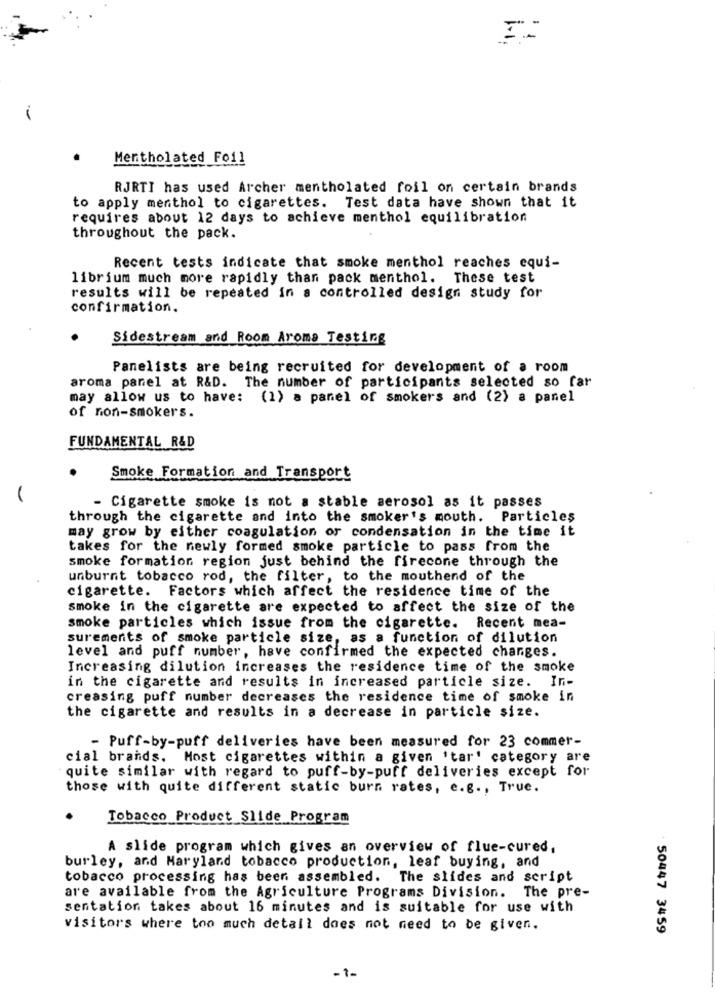
1-1
Mentholated Foil
RJRTI has used Archer mentholated foil on certain brands
to apply menthol to cigarettes. Test data have shown that it
requires about 12 days to achieve menthol equilibration
throughout the pack.
Recent tests indicate that smoke menthol reaches equi-
librium much more rapidly than pack menthol. These test
results will be repeated in a controlled design study for
confirmation.
Sidestream and Room Aroma Testing
Panelists are being recruited for development of a room
aroma panel at R&D. The number of participants selected so far
may allow us to have: (1) a panel of smokers and (2) a panel
of non-smokers.
FUNDAMENTAL R&D
Smoke Formation and Transport
- Cigarette smoke is not a stable aerosol as it passes
through the cigarette and into the smoker's mouth. Particles
may grow by either coagulation or condensation in the time it
takes for the newly formed smoke particle to pass from the
smoke formation region just behind the firecone through the
unburnt tobacco rod, the filter, to the mouthend of the
cigarette. Factors which affect the residence time of the
smoke in the cigarette are expected to affect the size of the
smoke particles which issue from the cigarette. Recent mea-
surements of smoke particle size, as a function of dilution
level and puff number, have confirmed the expected changes.
Increasing dilution increases the residence time of the smoke
in the cigarette and results in increased particle size. I
creasing puff number decreases the residence time of smoke in
the cigarette and results in a decrease in particle size.
- Puff-by-puff deliveries have been measured for 23 commer-
cial brands. Most cigarettes within a given 'tar' category are
quite similar with regard to puff-by-puff deliveries except for
those with quite different static burn rates, e.g ., True.
Tobacco Product Slide Program
A slide program which gives an overview of flue-cured,
burley, and Maryland tobacco production, leaf buying, and
tobacco processing has been assembled. The slides and script
are available from the Agriculture Programs Division. The pre-
sentation takes about 16 minutes and is suitable for use with
visitors where too much detail does not need to be given.
50447 3459